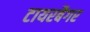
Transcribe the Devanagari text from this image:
टायरबैगर